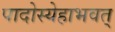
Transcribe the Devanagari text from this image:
पादोस्येहाभवत्